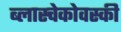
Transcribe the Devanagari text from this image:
ब्लास्चेकोवस्की